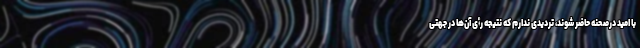
با امید درصحنه حاضر شوند، تردیدی ندارم که نتیجه رأی آن‌ها در جهتی